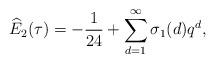
LaTeX: \begin{align*}\widehat{E}_2(\tau) = -\frac{1}{24} + \sum_{d=1}^\infty \sigma_1(d)q^d,\end{align*}